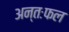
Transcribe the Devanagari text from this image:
अन्तःफल